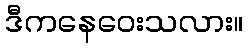
ဒီကနေဝေးသလား။